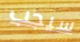
سيجب